Report of the Municipal Commissioner on the plague in Bombay for the year ending 31st May... - Volume 3
Disease focus: Plague
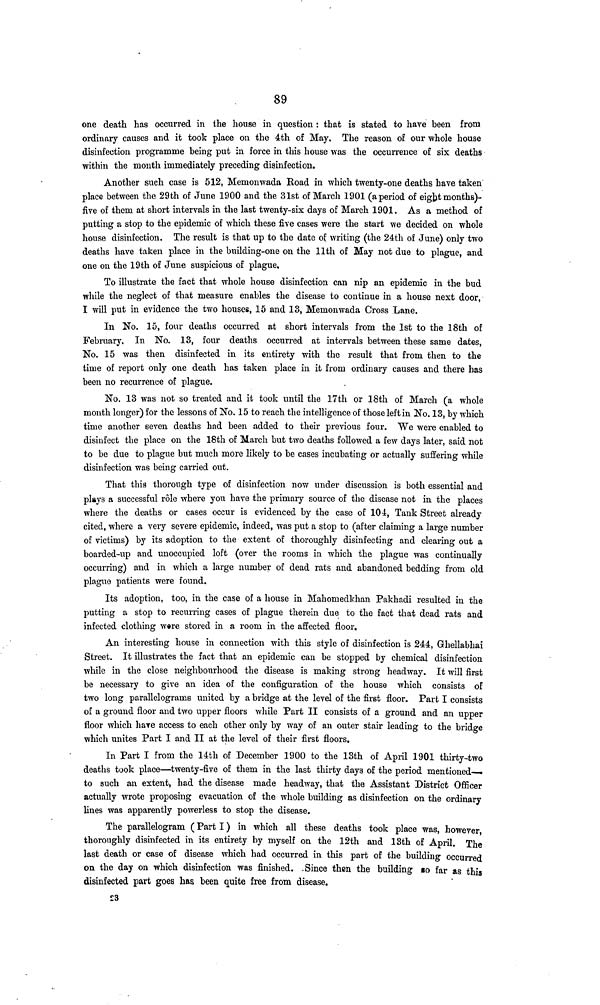
89
one death has occurred in the house in question : that is stated to have been from
ordinary causes and it took place on the 4th of May. The reason of our whole house
disinfection programme being put in force in this house was the occurrence of six deaths
within the month immediately preceding disinfection.
Another such case is 512, Memonwada Road in which twenty-one deaths have taken
place between the 29th of June 1900 and the 31st of March 1901 (a period of eight months)-
five of them at short intervals in the last twenty-six days of March 1901. As a method of
putting a stop to the epidemic of which these five cases were the start we decided on whole
house disinfection. The result is that up to the date of writing (the 24th of June) only two
deaths have taken place in the building-one on the 11th of May not due to plague, and
one on the 19th of June suspicious of plague.
To illustrate the fact that whole house disinfection can nip an epidemic in the bud
while the neglect of that measure enables the disease to continue in a house next door,
I will put in evidence the two houses, 15 and 13, Memonwada Cross Lane.
In No. 15, four deaths occurred at short intervals from the 1st to the 18th of
February. In No. 13, four deaths occurred at intervals between these same dates,
No. 15 was then disinfected in its entirety with the result that from then to the
time of report only one death has taken place in it from ordinary causes and there has
been no recurrence of plague.
No. 13 was not so treated and it took until the 17th or 18th of March (a whole
month longer) for the lessons of No. 15 to reach the intelligence of those left in No. 13, by which
time another seven deaths had been added to their previous four. We were enabled to
disinfect the place on the 18th of March but two deaths followed a few days later, said not
to be due to plague but much more likely to be cases incubating or actually suffering while
disinfection was being carried out.
That this thorough type of disinfection now under discussion is both essential and
plays a successful rôle where you have the primary source of the disease not in the places
where the deaths or cases occur is evidenced by the case of 104, Tank Street already
cited, where a very severe epidemic, indeed, was put a stop to (after claiming a large number
of victims) by its adoption to the extent of thoroughly disinfecting and clearing out a
boarded-up and unoccupied loft (over the rooms in which the plague was continually
occurring) and in which a large number of dead rats and abandoned bedding from old
plague patients were found.
Its adoption, too, in the case of a house in Mahomedkhan Pakhadi resulted in the
putting a stop to recurring cases of plague therein due to the fact that dead rats and
infected clothing ware stored in a room in the affected floor.
An interesting house in connection with this style of disinfection is 244, Ghellabhai
Street. It illustrates the fact that an epidemic can be stopped by chemical disinfection
while in the close neighbourhood the disease is making strong headway. It will first
be necessary to give an idea of the configuration of the house which consists of
two long parallelograms united by a bridge at the level of the first floor. Part I consists
of a ground floor and two upper floors while Part II consists of a ground and an upper
floor which hare access to each other only by way of an outer stair leading to the bridge
which unites Part I and II at the level of their first floors.
In Part I from the 14th of December 1900 to the 13th of April 1901 thirty-two
deaths took place—twenty-five of them in the last thirty days of the period mentioned—
to such an extent, had the disease made headway, that the Assistant District Officer
actually wrote proposing evacuation of the whole building as disinfection on the ordinary
lines was apparently powerless to stop the disease.
The parallelogram ( Part I ) in which all these deaths took place was, however,
thoroughly disinfected in its entirety by myself on the 12th and 13th of April. The
last death or case of disease which had occurred in this part of the building occurred
on the day on which disinfection was finished. Since then the building so far as this
disinfected part goes has been quite free from disease.
23